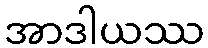
အာဒါယဿ